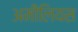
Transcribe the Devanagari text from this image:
अमीलियस